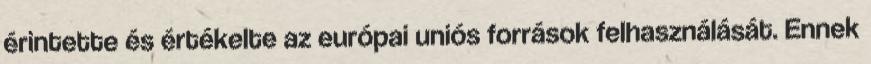
érintette és értékelte az európai uniós források felhasználását. Ennek